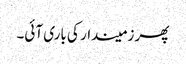
پھر زمیندار کی باری آئی۔